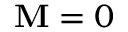
\mathbf { M } = 0